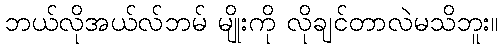
ဘယ်လိုအယ်လ်ဘမ် မျိုးကို လိုချင်တာလဲမသိဘူး။